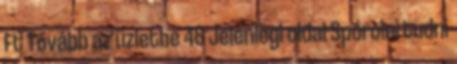
Ft Tovább az üzletbe 48 Jelenlegi oldal Spórolni tudni